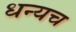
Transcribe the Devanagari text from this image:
धन्यच